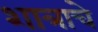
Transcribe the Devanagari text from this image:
शात्राचे